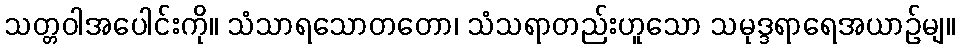
သတ္တဝါအပေါင်းကို။ သံသာရသောတတော၊ သံသရာတည်းဟူသော သမုဒ္ဒရာရေအယာဉ်မျ။